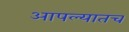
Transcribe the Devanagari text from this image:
आपल्यातच